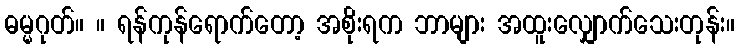
ဓမ္မဂုတ်။ ။ ရန်ကုန်ရောက်တော့ အစိုးရက ဘာများ အထူးလျှောက်သေးတုန်း။